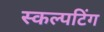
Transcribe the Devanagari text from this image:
स्कल्पटिंग